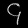
Digit: ၄